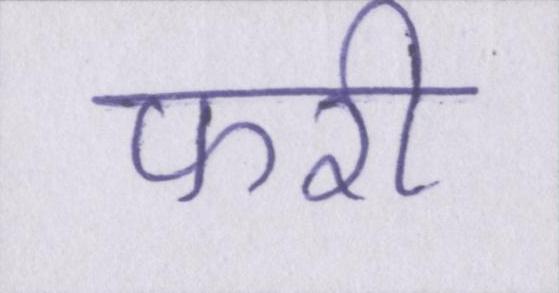
फरी